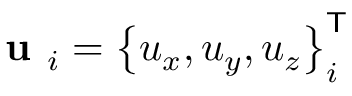
\textbf { u } _ { i } = \left\{ u _ { x } , u _ { y } , u _ { z } \right\} _ { i } ^ { \mathsf { T } }